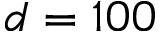
d = 1 0 0